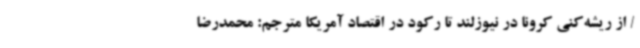
/ از ریشه‌کنی کرونا در نیوزلند تا رکود در اقتصاد آمریکا مترجم: محمدرضا